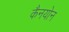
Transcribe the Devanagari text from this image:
कैनयोन